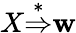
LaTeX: X{\stackrel{*}{\Rightarrow}}\mathbf{w}